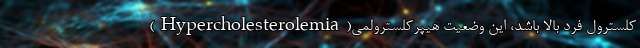
کلسترول فرد بالا باشد، این وضعیت هیپرکلسترولمی(Hypercholesterolemia)